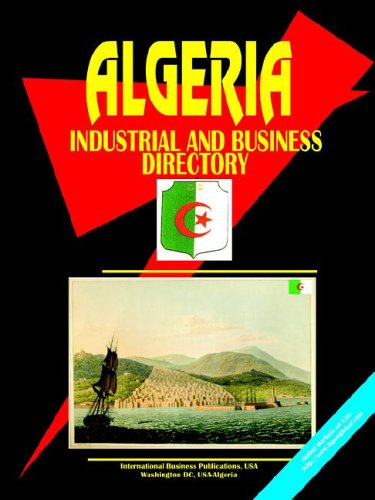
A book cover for Algeria Industrial And Business Directory (World Business, Investment and Government Library); Ibp Usa; Travel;